Tezpur Lunatic Asylum reports 1895-1904 - 1895-1904
Year: 1895
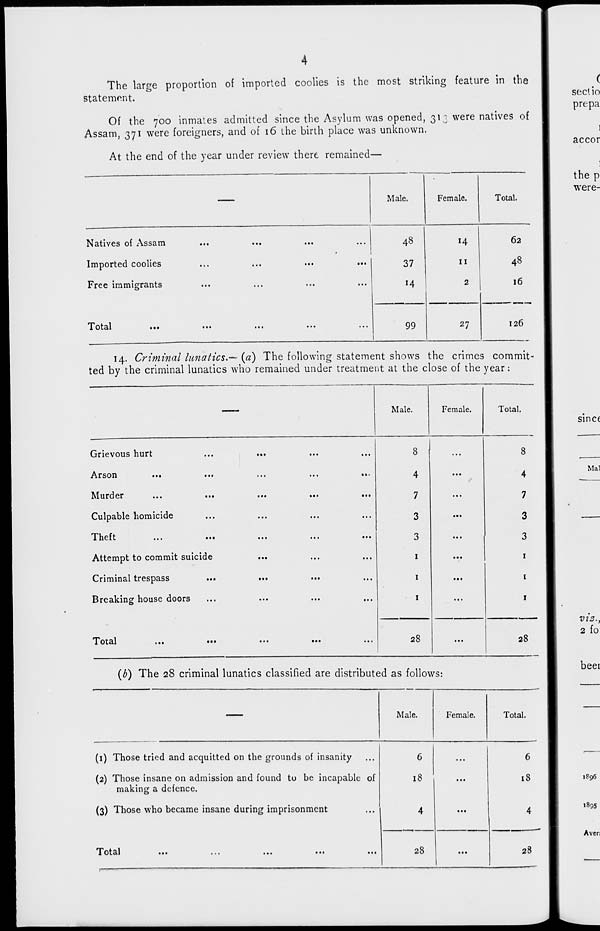
The large proportion of imported coolies is the most striking feature in the
Statement.
Of the 700 inmates admitted since the Asylum was opened, 313 were natives of
Assam, 371 were foreigners, and of 16 the birth place was unknown,
At the end of the year under review there remained—
Male.
Female.
Total.
Natives of Assam
Imported coolies
Free immigrants
Total
48
37
14
99
14
11
2
27
62
48
16
126
14. Criminal lunatics.— (a) The following statement shows the crimes commit-
ted by the criminal lunatics who remained under treatment at the close of the year:
—
Male.
Female.
Total.
Grievous hurt
•••
...
...
8 1
...
8
Arson
•••
...
...
...
•••
4
...
4
Murder
...
...
...
7
...
7
Culpable homicide
...
...
...
3
...
3
Theft
...
...
...
3
...
3
Attempt to commit suicide
•••
...
...
1
...
1
Criminal trespass
>•»
...
...
1
...
1
Breaking house doors
...
...
...
1
...
1
Total
...
••«
...
•••
...
28
...
28
(b) The 28 criminal lunatics classified are distributed as follows:
—
Male.
Female.
Total.
(1) Those tried and acquitted on the grounds of insanity
6
•..
6
(2) Those insane on admission and found to be incapable of
making a defence.
18
...
18
(3) Those who became insane during imprisonment
4
...
4
1 otai
...
...
...
...
...
28
28